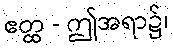
ဧတ္ထ - ဤအရာ၌၊